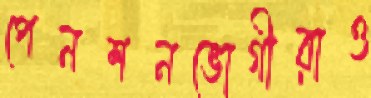
পেনশনভোগীরাও